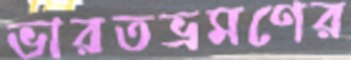
ভারতভ্রমণের